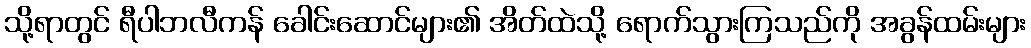
သို့ရာတွင် ရီပါဘလီကန် ခေါင်းဆောင်များ၏ အိတ်ထဲသို့ ရောက်သွားကြသည်ကို အခွန်ထမ်းများ